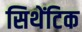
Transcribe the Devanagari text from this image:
सिथेंटिक